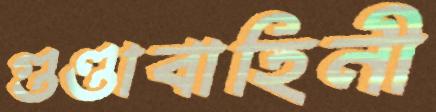
গুণ্ডাবাহিনী